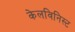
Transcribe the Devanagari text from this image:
केलविनिस्ट